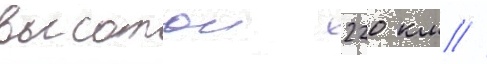
высотои 220 км //